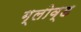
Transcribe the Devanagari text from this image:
ग्लोव्ड